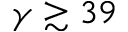
\gamma \gtrsim 3 9